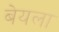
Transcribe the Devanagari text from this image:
बेयला